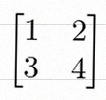
\begin{bmatrix}1&2\\3&4\end{bmatrix}